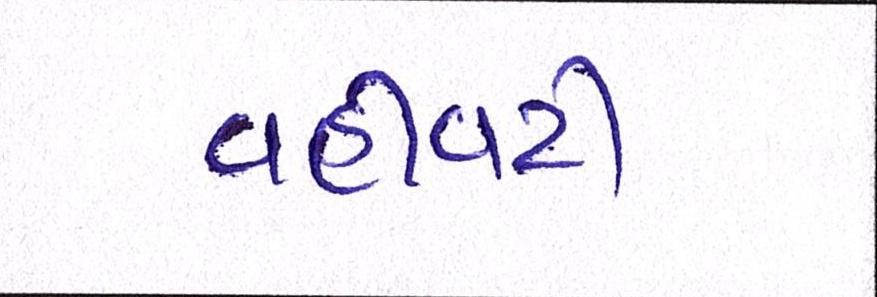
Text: વહીવટી